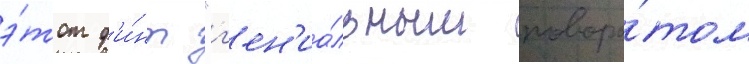
э́тот ф'и́нт "г'ен'иа́льным поворо́том